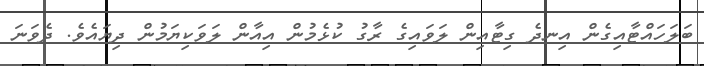
ބަލަހައްޓާއިގެން އިނދެ ގިޓާއިން ލަވައިގެ ރާގު ކުޅެމުން އިއާން ލަވަކިޔަމުން ދިޔައެވެ. ދެވަނަ